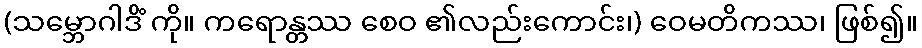
(သမ္ဘောဂါဒိံ ကို။ ကရောန္တဿ စေဝ ၏လည်းကောင်း၊) ဝေမတိကဿ၊ ဖြစ်၍။